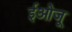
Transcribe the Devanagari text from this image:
ईओजू